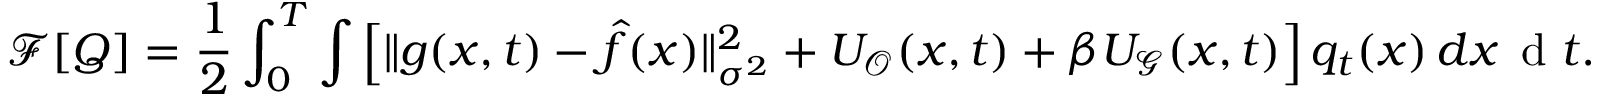
\small \mathcal { F } [ Q ] = \frac { 1 } { 2 } \int _ { 0 } ^ { T } \int \Big [ \| g ( x , t ) - \hat { f } ( x ) \| _ { \sigma ^ { 2 } } ^ { 2 } + U _ { \mathcal { O } } ( x , t ) + \beta U _ { \mathcal { G } } ( x , t ) \Big ] \, q _ { t } ( x ) \, d x \, \mathrm { ~ d ~ } t .